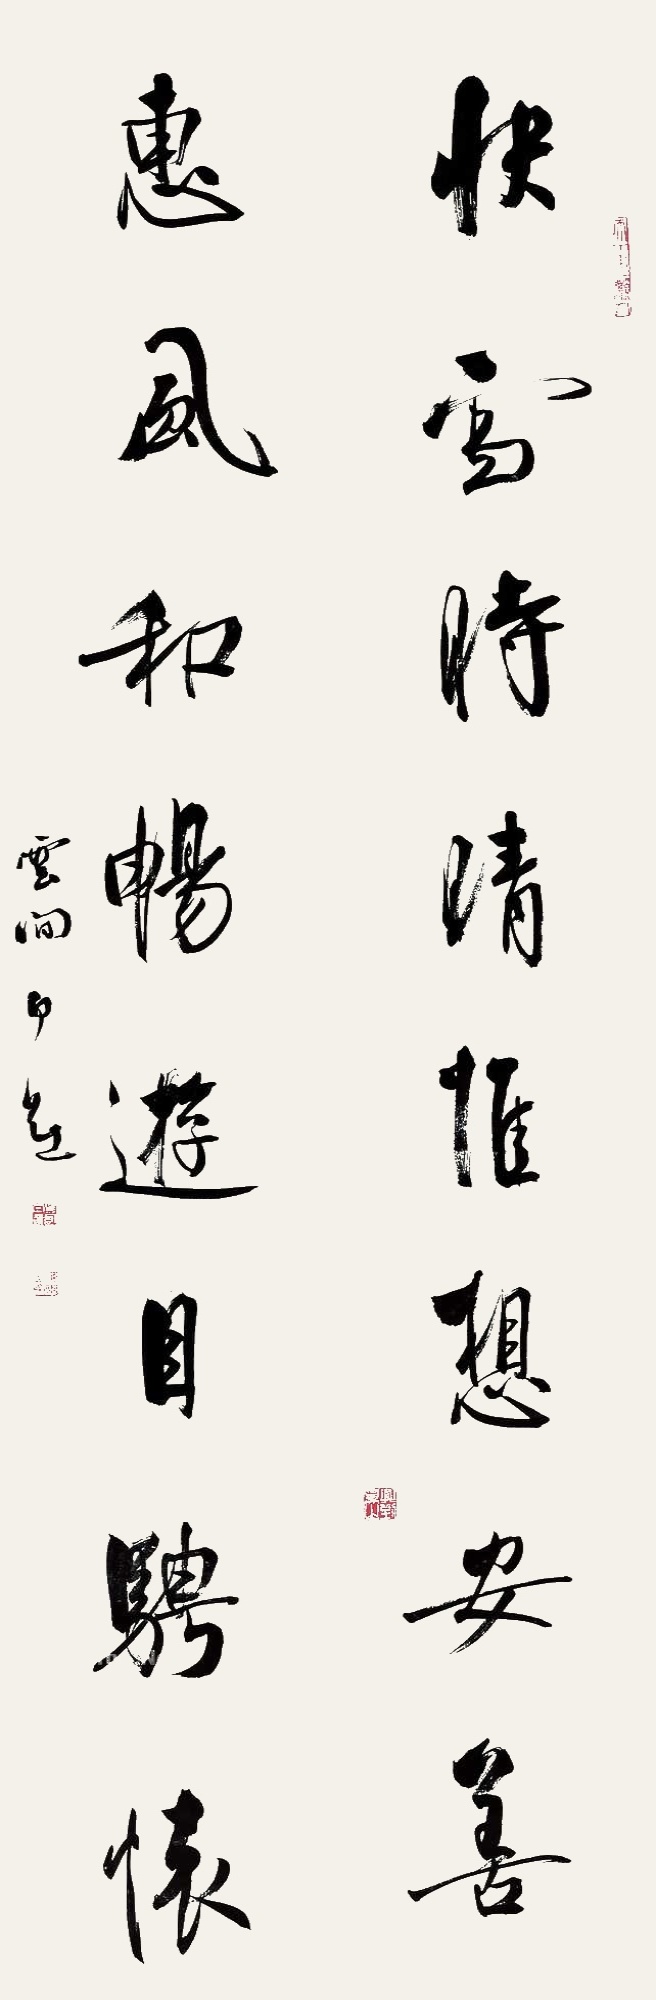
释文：快雪时晴惟想安善，惠风和畅游目骋怀。云间白蕉。